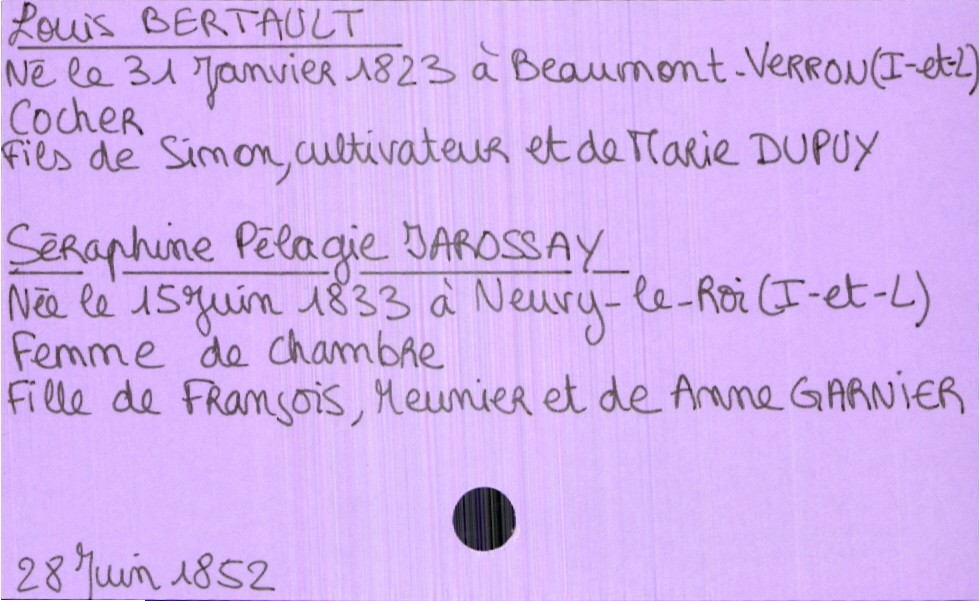
type_acte: Mariage
année: 1852
mois: juin
jour: 28
marié_nom: Bertault
marié_prénom: Louis
marié_profession: cocher
marié_date_de_naissance: 31 janvier 1823
marié_lieu_de_naissance: Beaumont-Verron (Indre-et-Loire)
père_marié_nom: Bertault
père_marié_prénom: Simon
père_marié_profession: cultivateur
mère_marié_nom: Dupuy
mère_marié_prénom: Marie
mariée_nom: Jarossay
mariée_prénom: Séraphine Pélagie
mariée_profession: femme de chambre
mariée_date_de_naissance: 15 juin 1833
mariée_lieu_de_naissance: Neuvy-le-Roi (Indre-et-Loire)
père_mariée_nom: Jarossay
père_mariée_prénom: François
père_mariée_profession: meunier
mère_mariée_nom: Garnier
mère_mariée_prénom: Anne